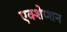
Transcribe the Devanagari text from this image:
एक्शेप्शन